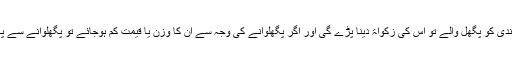
اگر بارہویں مہینے سکہ دار سونے یا چاندی کو پگھل والے تو اس کی زکواۃ دینا پڑے گی اور اگر پگھلوانے کی وجہ سے ان کا وزن یا قیمت کم ہوجائے تو پگھلوانے سے پہلے جتنی زکواۃ اس پر تھی وہ ادا کرے۔